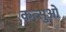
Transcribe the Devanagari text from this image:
कत्सुओ